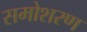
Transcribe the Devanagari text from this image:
समोशरण